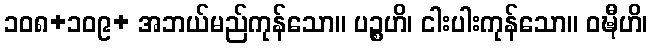
၁၀၈+၁၀၉+ အဘယ်မည်ကုန်သော။ ပဉ္စဟိ၊ ငါးပါးကုန်သော။ ဝဍ္ဎီဟိ၊